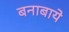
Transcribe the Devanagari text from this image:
बनाबाये